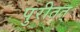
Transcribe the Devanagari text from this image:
पुरीतत्